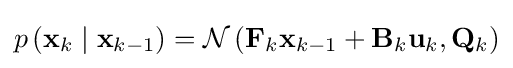
p\left(\mathbf {x} _{k}\mid \mathbf {x} _{k-1}\right)={\mathcal {N}}\left(\mathbf {F} _{k}\mathbf {x} _{k-1}+\mathbf {B} _{k}\mathbf {u} _{k},\mathbf {Q} _{k}\right)